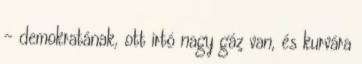
– demokratának, ott irtó nagy gáz van, és kurvára